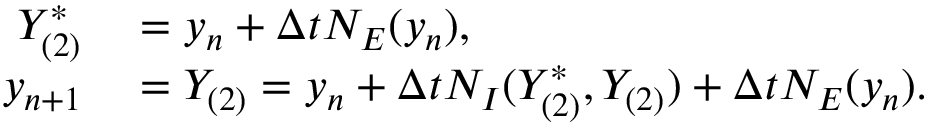
\begin{array} { r l } { Y _ { ( 2 ) } ^ { * } } & { { } = y _ { n } + \Delta t N _ { E } ( y _ { n } ) , } \\ { y _ { n + 1 } } & { { } = Y _ { ( 2 ) } = y _ { n } + \Delta t N _ { I } ( Y _ { ( 2 ) } ^ { * } , Y _ { ( 2 ) } ) + \Delta t N _ { E } ( y _ { n } ) . } \end{array}